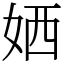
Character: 㛉